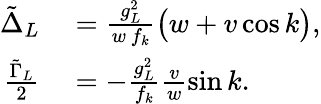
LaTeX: \begin{array}{rl}{\tilde{\Delta}_{L}}&{{}=\frac{g_{L}^{2}}{w\, f_{k}}\big(w+v\cos{k}\big),}\\ {\frac{\tilde{\Gamma}_{L}}{2}}&{{}=-\frac{g_{L}^{2}}{f_{k}}\frac{v}{w}\sin{k}.}\end{array}